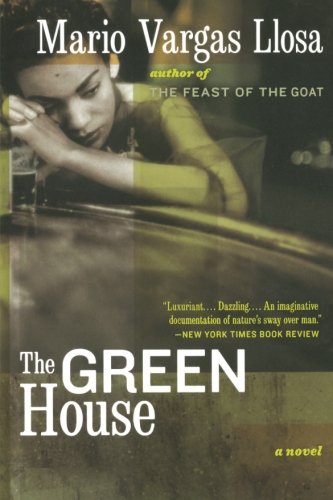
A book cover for The Green House; Mario Vargas Llosa; Literature & Fiction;